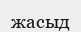
жасыд